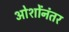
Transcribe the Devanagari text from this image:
ओशोंनंतर